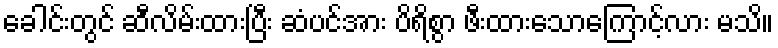
ခေါင်းတွင် ဆီလိမ်းထားပြီး ဆံပင်အား ပိရိစွာ ဖီးထားသောကြောင့်လား မသိ။